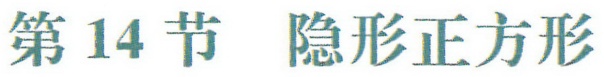
第 14 节  隐形正方形